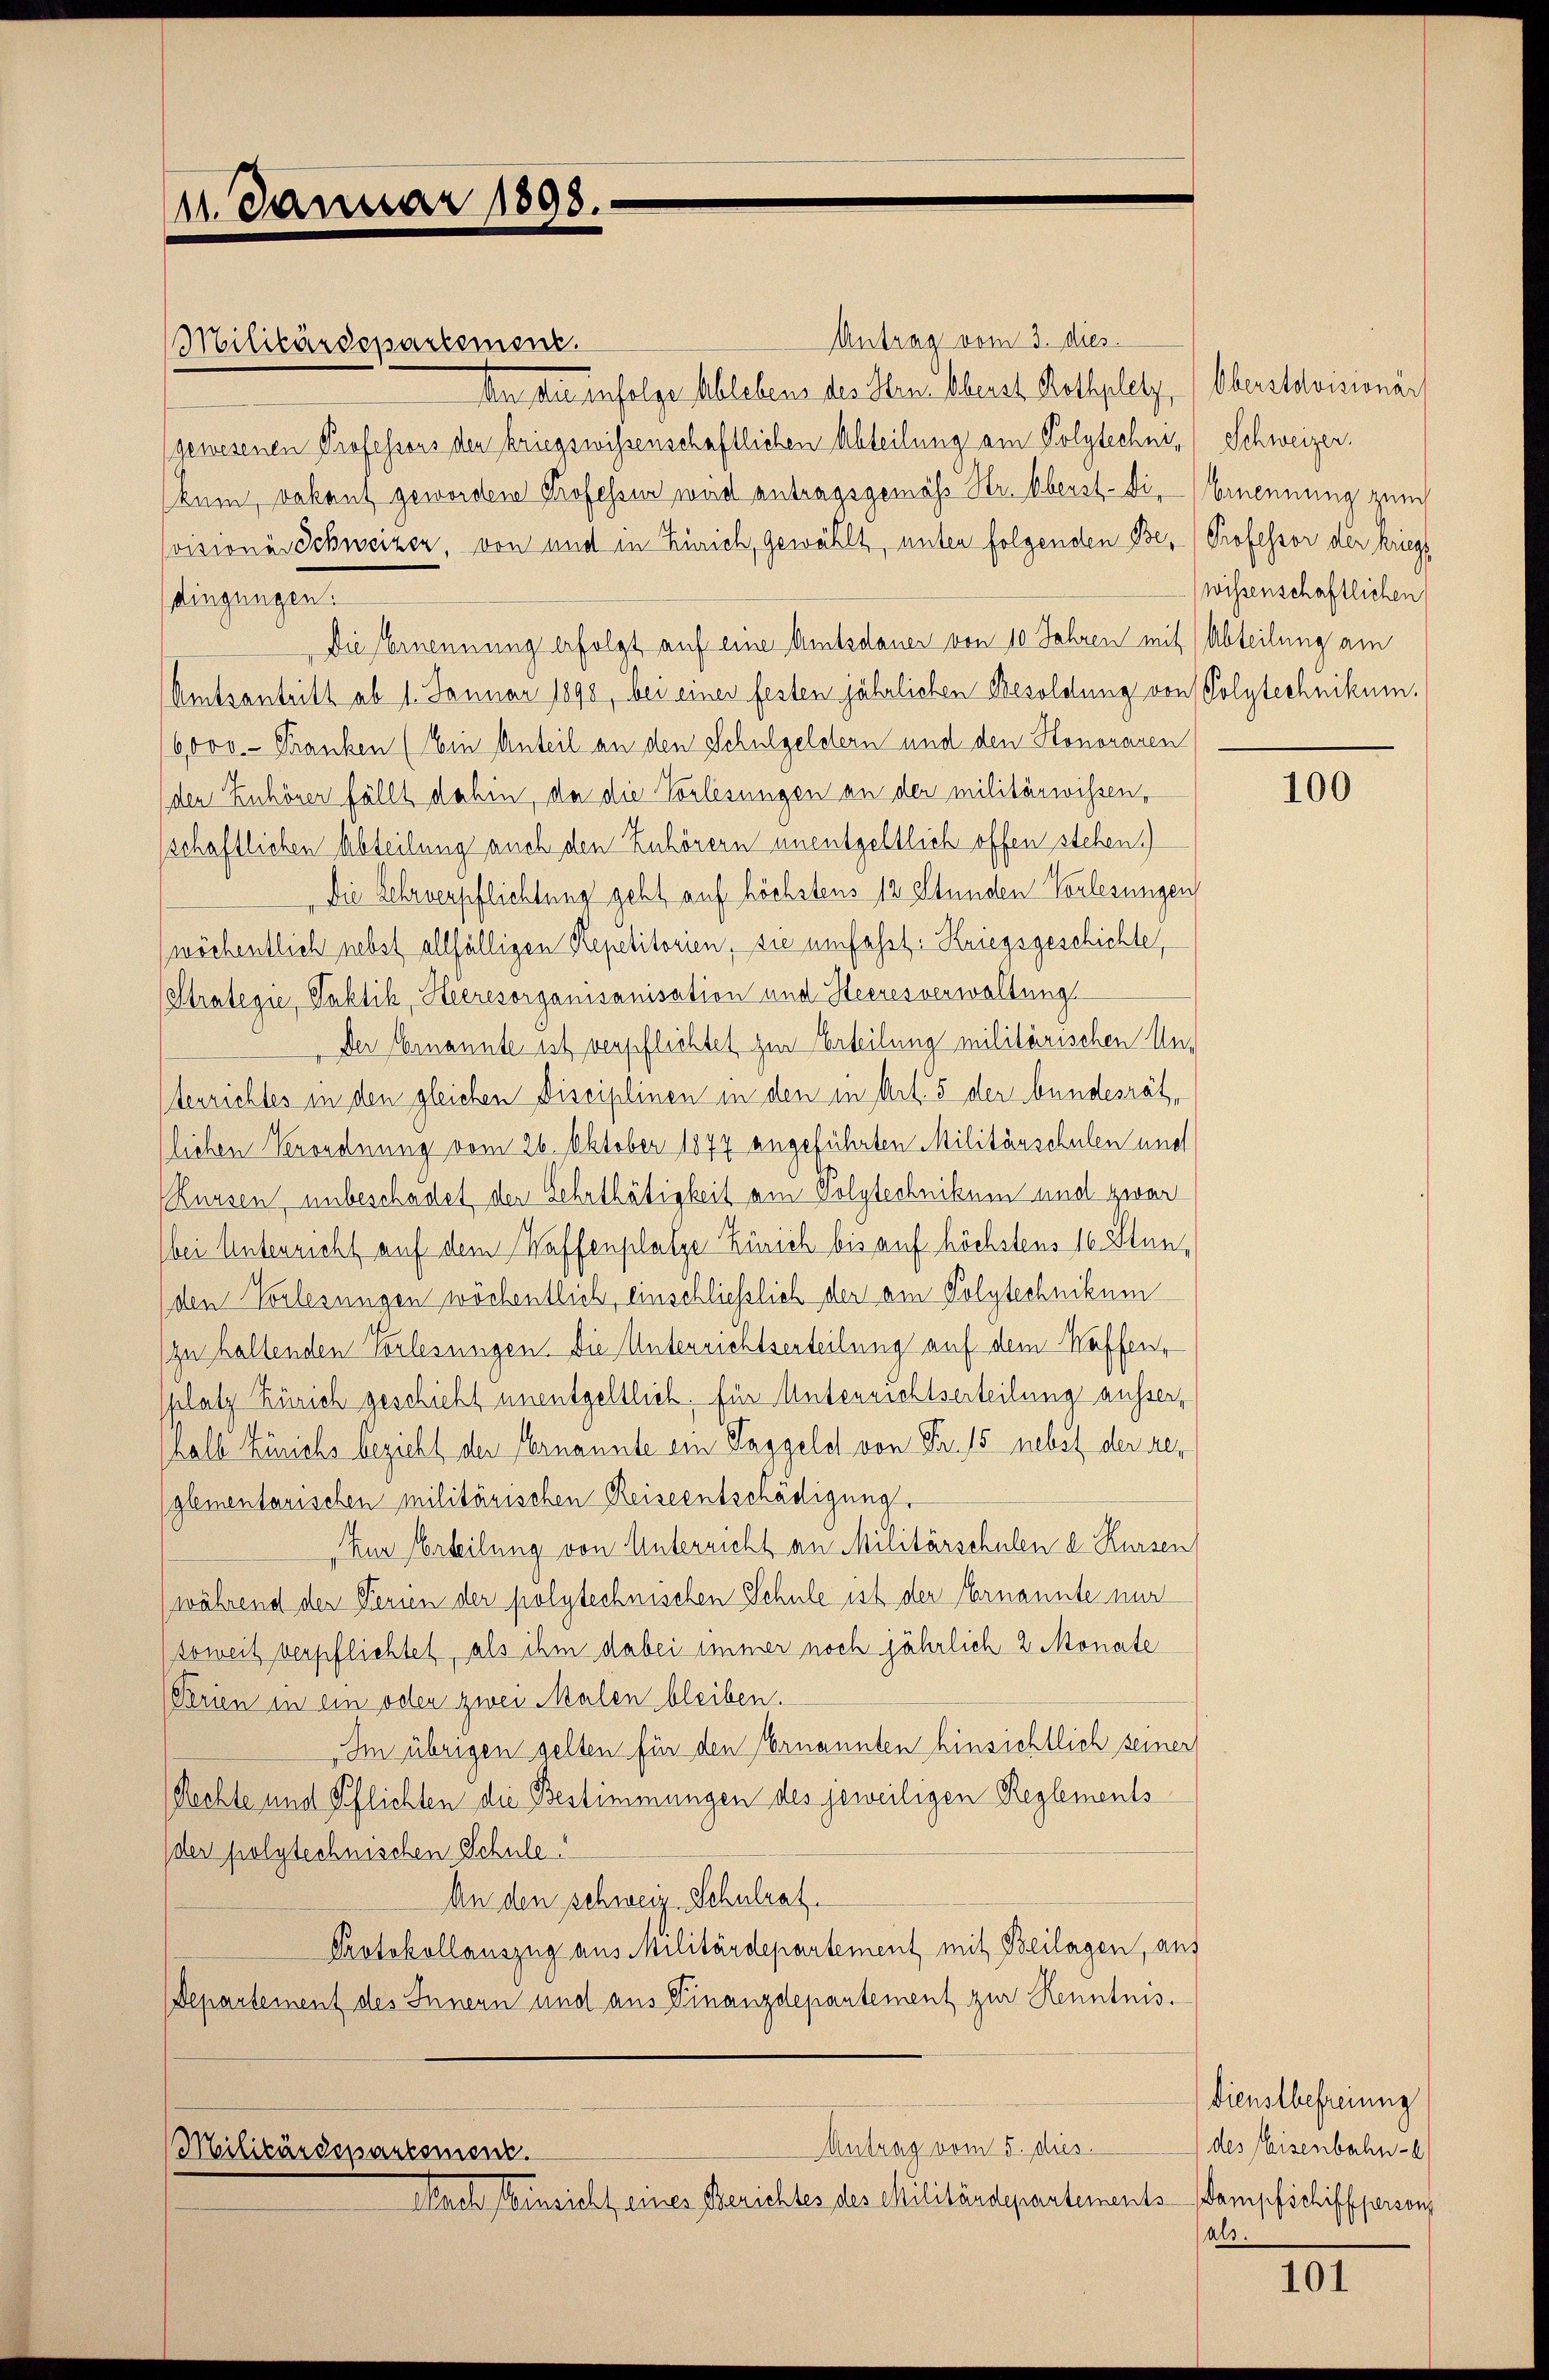
11. Januar 1898.

Antrag vom 3. dies
An diesenfolge Ablebens des Hrn. Oberst Rothplatz, (Oberstorisionär
gewesenen Professors den kriegswissenschaftlichen Abteilung am Polytechnikum, vakant gewordene Professor wird antragsgemäss Str. Oberst-Di-Brennung zum
svisiones Schweizer, von und in Zürich, gewählt, unter folgenden Be- Professor der kriegs
dingungen.
Die Ernennung erfolgt auf eine Amtsdauer von 10 Jahren mit Abteilung am
Amtsantritt ab 1. Januar 1898, bei einer festen jährlichen Besoldung von Polytechnikum.
6,000.- Franken (Ein Anteil an den Schulgeldern und den Honoraren
den Zuhörer fällt dahin, da die Vorlesungen an der militärwissen,
schaftlichen Abteilung auch den Zuhörern unentgeltlich offen stehen.
Die Lehrverpflichtung geht auf höchstens 12 Stunden Vorlesungen
wöchentlich nebst allfälligen Repetitorien, sie umfahrt. Kriegsgeschichte,
Stralegie, Taktik, Heeresorganisanisation und Heeres verwaltung
Der Ernannte ist verpflichtet zur Erteilung militärischen Unterrichtes in den gleichen Disciplinen in den in Art. 5 der bundesrät,
lichen Verordnung vom 26. Oktober 1877 angeführten Militärschulen und
Kursen, unbeschadet der Sehrthätigkeit ain Polytechnikum und zwar
bei Unterricht auf dem Waffenplatze Zürich bis auf höchstens 16. Stun¬
(den Vorlesungen wöchentlich, einschließlich der am Polytechnikum
(zu haltenden Vorlesungen. Die Unterrichtserteilung auf dem Kaffen,
splatz Zürich geschicht unentgeltlich, für Unterrichtserteilung ausser,
halb Zürichs bezieht der Ernannte ein Taggeld von Fr. 15 nebst der reglementarischen militärischen Reiseentschädigung.
„Zur Urteilung von Unterricht an Militärschulen d. Kursen
(während der Ferien der polytechnischen Schule ist der Ernannte nur
soweit verpflichtet, als ihm dabei immer noch jährlich 2 Monate
Perien in ein oder zwei Malen bleiben.
Im übrigen gelten für den ernannten hinsichtlich seiner
Rechte und Pflichten die Bestimmungen des jeweiligen Reglements
der polytechnischen Schule
An den schweiz. Schulrat.
Protokollauszug aus Militärdepartement mit Beilagen, aus
Departement des Innern und aus Finanzdepartement zur Kenntnis.
Antrag vom 5. dies
Militärdepartement.
Nach Einsicht eines Berichtes des Militärdepartements-Kampfschiffferson

Militärdepartement.

Schweizer.
wissenschaftlichen

100

Dienstbefreiung
des Eisenbahn-
als.

101